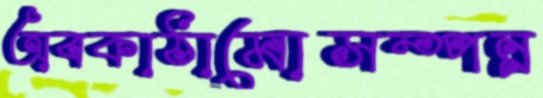
অবকাঠামোসম্পন্ন